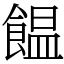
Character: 饂